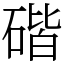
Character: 䃈